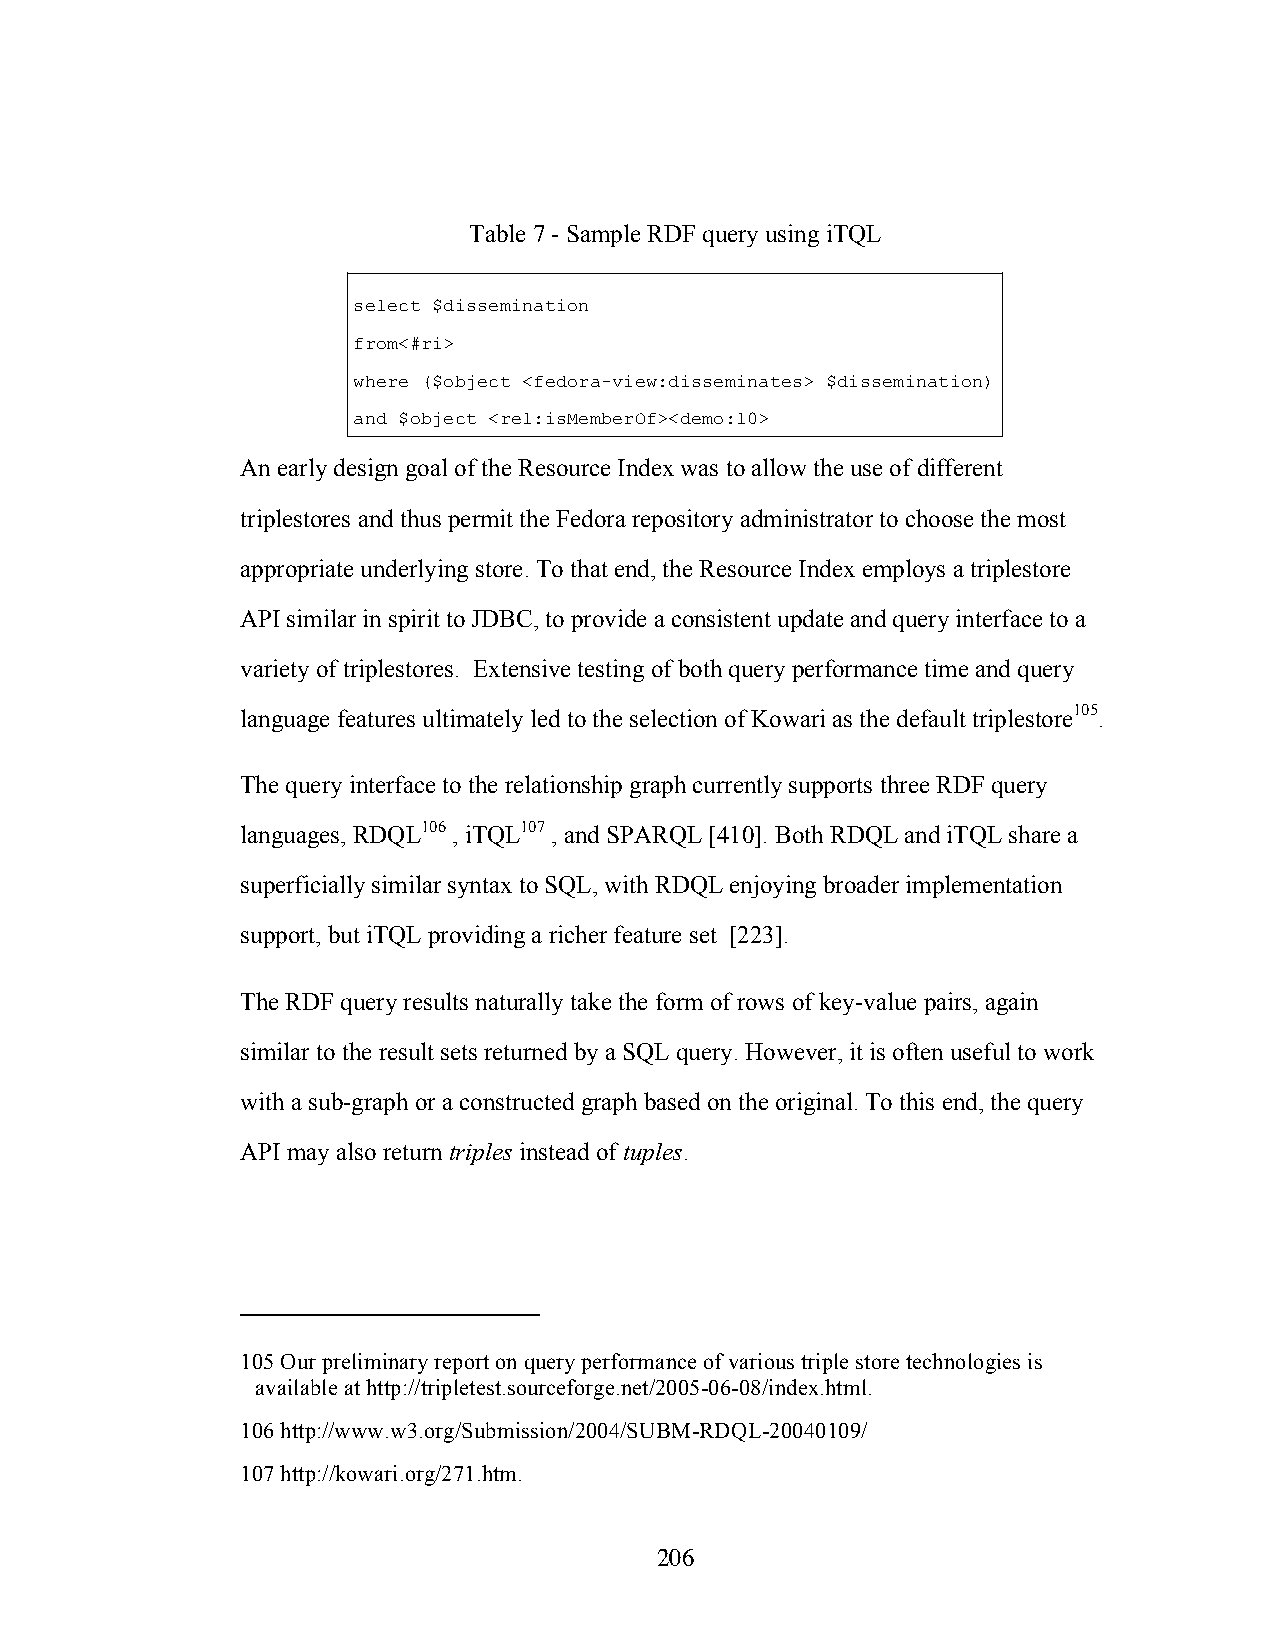
Table 7 - Sample RDF query using iTQL
 select $dissemination
 from<#ri>
 where ($object <fedora-view:disseminates> $dissemination)
 and $object <rel:isMemberOf><demo:10>
 An early design goal of the Resource Index was to allow the use of different
 triplestores and thus permit the Fedora repository administrator to choose the most
 appropriate underlying store. To that end, the Resource Index employs a triplestore
 API similar in spirit to JDBC, to provide a consistent update and query interface to a
 variety of triplestores. Extensive testing of both query performance time and query
 language features ultimately led to the selection of Kowari as the default triplestore105.
 The query interface to the relationship graph currently supports three RDF query
 languages, RDQL106 , iTQL107 , and SPARQL [410]. Both RDQL and iTQL share a
 superficially similar syntax to SQL, with RDQL enjoying broader implementation
 support, but iTQL providing a richer feature set [223].
 The RDF query results naturally take the form of rows of key-value pairs, again
 similar to the result sets returned by a SQL query. However, it is often useful to work
 with a sub-graph or a constructed graph based on the original. To this end, the query
 API may also return triples instead of tuples.
 105 Our preliminary report on query performance of various triple store technologies is
 available at http://tripletest.sourceforge.net/2005-06-08/index.html.
 106 http://www.w3.org/Submission/2004/SUBM-RDQL-20040109/
 107 http://kowari.org/271.htm.
 206